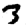
Digit: 3